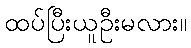
ထပ်ပြီးယူဦးမလား။